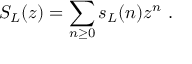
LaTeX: S _ { L } ( z ) = \sum _ { n \geq 0 } s _ { L } ( n ) z ^ { n } \ .